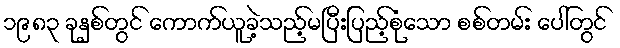
၁၉၈၃ ခုနှစ်တွင် ကောက်ယူခဲ့သည့်မပြီးပြည့်စုံသော စစ်တမ်း ပေါ်တွင်